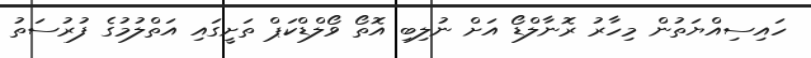
ހައިސިއްޔަތުން މިހާރު ރޮނާލްޑޯ އަށް ނުލިބި އޮތޯ ވޯލްޑްކަޕް ތަށީގައި އަތްލުމުގެ ފުރުސަތު